Indian journal of veterinary science and animal husbandry - Volume 12,
Year: 1942
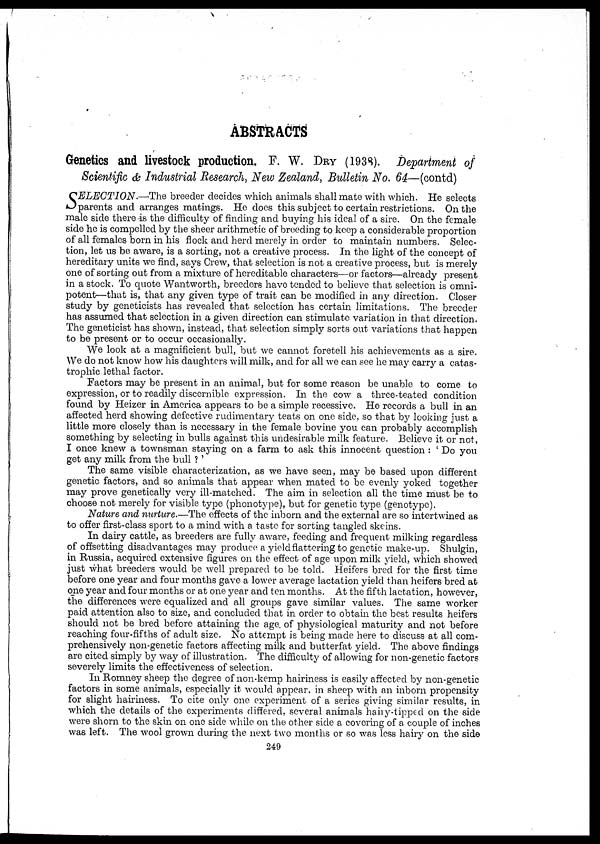
ABSTRACTS
Genetics and livestock production. F. W. DRY (1938). Department of
Scientific & Industrial Research, New Zealand, Bulletin No. 64—(contd)
S ELECTION.—The breeder decides which animals shall mate with which. He selects
parents and arranges matings. He does this subject to certain restrictions. On the
male side there -is the difficulty of finding and buying his ideal of a sire. On the female
side he is compelled by the sheer arithmetic of breeding to keep a considerable proportion
of all females born in his flock and herd merely in order to maintain numbers. Selec-
tion, let us be aware, is a sorting, not a creative process. In the light of the concept of
hereditary units we find, says Crew, that selection is not a creative process, but is merely
one of sorting out from a mixture of hereditable characters—or factors—already present
in a stock. To quote Wantworth, breeders have tended to believe that selection is omni-
potent—that is, that any given type of trait can be modified in any direction. Closer
study by geneticists has revealed that selection has certain limitations. The breeder
has assumed that selection in a given direction can stimulate variation in that direction.
The geneticist has shown, instead, that selection simply sorts out variations that happen
to be present or to occur occasionally.
We look at a magnificient bull, but we cannot foretell his achievements as a sire.
We do not know how his daughters will milk, and for all we can see he may carry a catas-
trophic lethal factor.
Factors may be present in an animal, but for some reason be unable to come to
expression, or to readily discernible expression. In the cow a three-teated condition
found by Heizer in America appears to be a simple recessive. He records a bull in an
affected herd showing defective rudimentary teats on one side, so that by looking just a
little more closely than is necessary in the female bovine you can probably accomplish
something by selecting in bulls against this undesirable milk feature. Believe it or not,
I once knew a townsman staying on a farm to ask this innocent question : ' Do you
get any milk from the bull ?'
The same visible characterization, as we have seen, may be based upon different
genetic factors, and so animals that appear when mated to be evenly yoked together
may prove genetically very ill-matched. The aim in selection all the time must be to
choose not merely for visible type (phonotype), but for genetic type (genotype).
Nature and nurture.—The effects of the inborn and the external are so intertwined as
to offer first-class sport to a mind with a taste for sorting tangled skeins.
In dairy cattle, as breeders are fully aware, feeding and frequent milking regardless
of offsetting disadvantages may produce a yield flattering to genetic make-up. Shulgin,
in Russia, acquired extensive figures on the effect of age upon milk yield, which showed
just what breeders would be well prepared to be told. Heifers bred for the first time
before one year and four months gave a lower average lactation yield than heifers bred at
one year and four months or at one year and ten months. At the fifth lactation, however,
the differences were equalized and all groups gave similar values. The same worker
paid attention also to size, and concluded that in order to obtain the best results heifers
should not be bred before attaining the age. of physiological maturity and not before
reaching four-fifths of adult size. No attempt is being made here to discuss at all com-
prehensively non-genetic factors affecting milk and butterfat yield. The above findings
are cited simply by way of illustration. The difficulty of allowing for non-genetic factors
severely limits the effectiveness of selection.
In Romney sheep the degree of non-kemp hairiness is easily affected by non-genetic
factors in some animals, especially it would appear, in sheep with an inborn propensity
for slight hairiness. To cite only one experiment of a series giving similar results, in
which the details of the experiments differed, several animals hairy-tipped on the side
were shorn to the skin on one side while on the other side a covering of a couple of inches
was left. The wool grown during the next two months or so was less hairy on the side
249